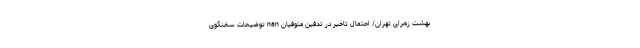
بهشت زهرای تهران/ احتمال تاخیر در تدفین متوفیان nan توضیحات سخنگوی